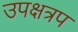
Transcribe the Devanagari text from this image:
उपक्षत्रप